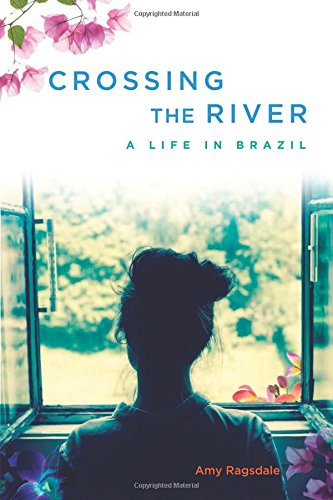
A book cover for Crossing the River: A Life in Brazil; Amy Ragsdale; Travel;